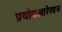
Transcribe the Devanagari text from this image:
प्रयोगआरेखन